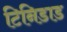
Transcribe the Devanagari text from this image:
टिनिडाड